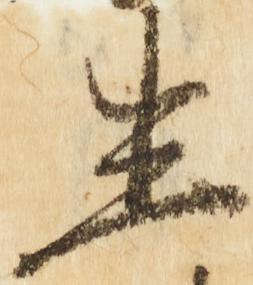
生